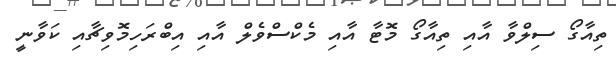
ތިއާގޯ ސިލްވާ އާއި ތިއާގޯ މޮޓާ އާއި މެކްސްވެލް އާއި އިބްރަހިމޮވިޗާއި ކަވާނީ